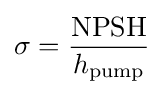
\mathrm {\sigma } ={\frac {\mathrm {NPSH} }{h_{\mathrm {pump} }}}